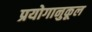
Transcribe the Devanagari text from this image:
प्रयोगानुकूल